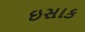
ઇસાક